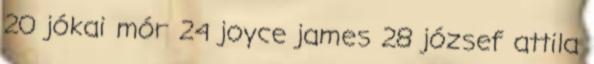
20 jókai mór 24 joyce james 28 józsef attila